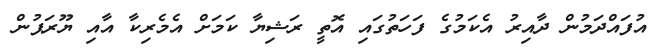
އުފައްދަމުން ދާއިރު އެކަމުގެ ފަހަތުގައި އޮތީ ރަޝިޔާ ކަމަށް އެމެރިކާ އާއި ޔޫރަޕުން